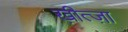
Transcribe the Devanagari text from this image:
ख़ीत्ज़ा